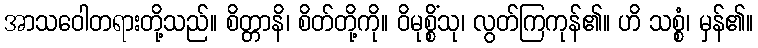
အာသဝေါတရားတို့သည်။ စိတ္တာနိ၊ စိတ်တို့ကို။ ဝိမုစ္စိံသု၊ လွတ်ကြကုန်၏။ ဟိ သစ္စံ၊ မှန်၏။